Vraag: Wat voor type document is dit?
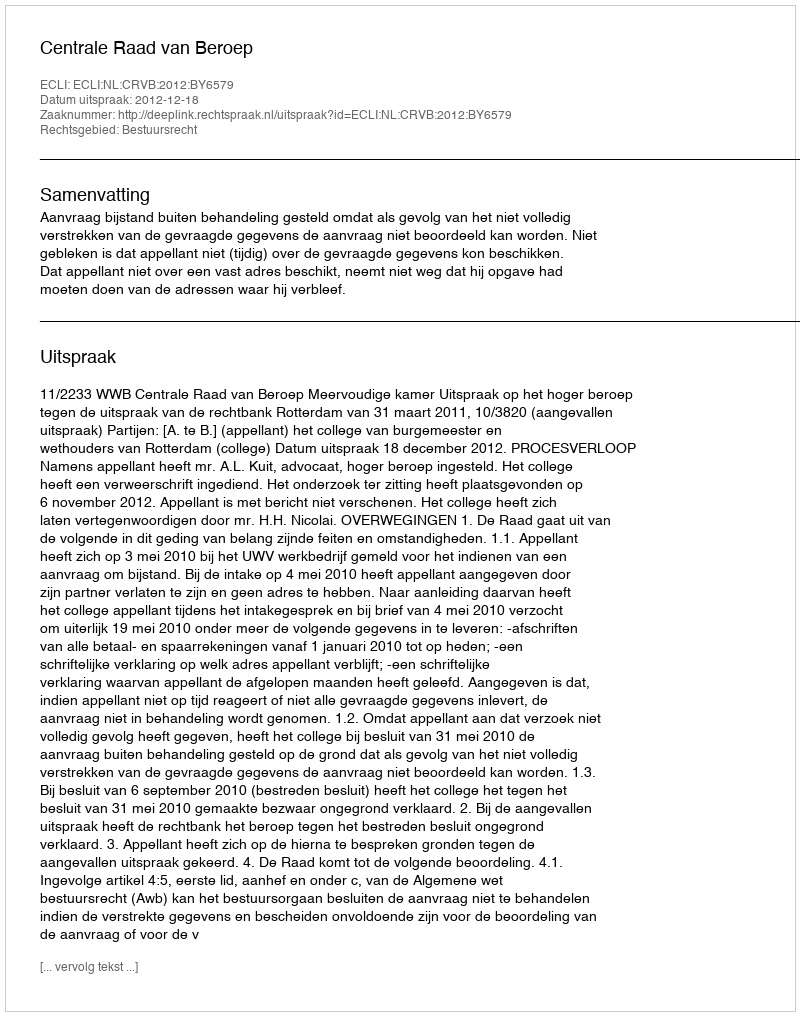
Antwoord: Uitspraak